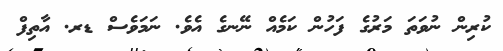
ކުރިން ނުވަތަ މަރުގެ ފަހުން ކަމެއް ނޭނގެ އެވެ. ނަމަވެސް ޑރ. އާތިފް